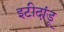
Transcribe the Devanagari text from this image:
इटीदांडू